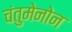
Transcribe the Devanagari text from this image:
चंतुमेनोन